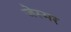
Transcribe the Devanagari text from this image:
जेस्मर